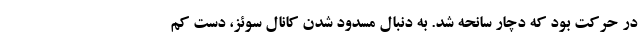
در حرکت بود که دچار سانحه شد. به دنبال مسدود شدن کانال سوئز، دست کم